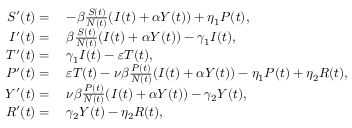
\begin{array} { r l } { S ^ { \prime } ( t ) = } & { \; - \beta \frac { S ( t ) } { N ( t ) } ( I ( t ) + \alpha Y ( t ) ) + \eta _ { 1 } P ( t ) , } \\ { I ^ { \prime } ( t ) = } & { \; \beta \frac { S ( t ) } { N ( t ) } ( I ( t ) + \alpha Y ( t ) ) - \gamma _ { 1 } I ( t ) , } \\ { T ^ { \prime } ( t ) = } & { \; \gamma _ { 1 } I ( t ) - \varepsilon T ( t ) , } \\ { P ^ { \prime } ( t ) = } & { \; \varepsilon T ( t ) - \nu \beta \frac { P ( t ) } { N ( t ) } ( I ( t ) + \alpha Y ( t ) ) - \eta _ { 1 } P ( t ) + \eta _ { 2 } R ( t ) , } \\ { Y ^ { \prime } ( t ) = } & { \; \nu \beta \frac { P ( t ) } { N ( t ) } ( I ( t ) + \alpha Y ( t ) ) - \gamma _ { 2 } Y ( t ) , } \\ { R ^ { \prime } ( t ) = } & { \; \gamma _ { 2 } Y ( t ) - \eta _ { 2 } R ( t ) , } \end{array}